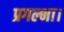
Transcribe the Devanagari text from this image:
प्रगल्भा।